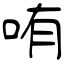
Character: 哊